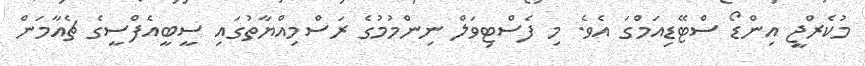
މުކެރްޖީ އިންޑޯ ސްޓޭޑިއަމްގަ އެވެ. މި ފެސްޓިވަލް ނިންމުމުގެ ރަސްމިއްޔާތުގައި ސީބީއެފްސީގެ ޗެއާމަން